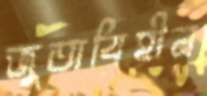
জুতাবিহীন